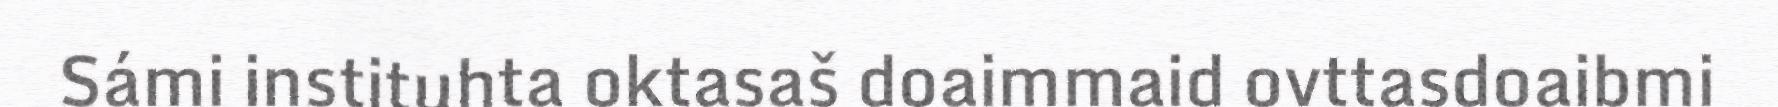
Sámi instituhta oktasaš doaimmaid ovttasdoaibmi